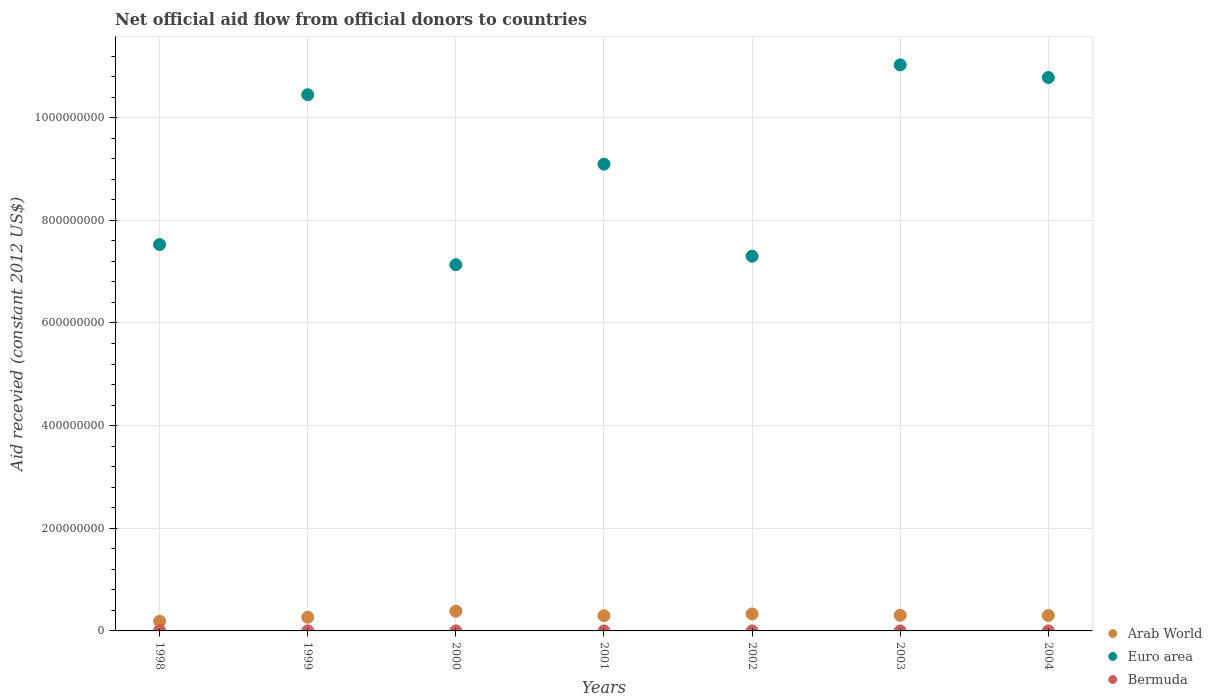
| Years | Arab World | Euro area | Bermuda |
 | --- | --- | --- | --- |
 | 1998 | 1.9e+07 | 7.53e+08 | 7.4e+05 |
 | 1999 | 2.67e+07 | 1.04e+09 | 1.3e+05 |
 | 2000 | 3.84e+07 | 7.13e+08 | 1.1e+05 |
 | 2001 | 2.97e+07 | 9.09e+08 | 4e+04 |
 | 2002 | 3.30e+07 | 7.3e+08 | 3e+04 |
 | 2003 | 3.05e+07 | 1.1e+09 | 4e+04 |
 | 2004 | 3.01e+07 | 1.08e+09 | 1.1e+05 |